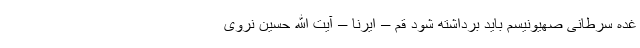
غده سرطانی صهیونیسم باید برداشته شود قم – ایرنا – آیت الله حسین نروی